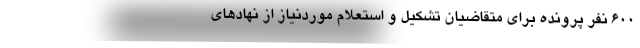
۶۰۰ نفر پرونده برای متقاضیان تشکیل و استعلام موردنیاز از نهادهای